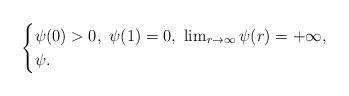
LaTeX: \begin{align*}\begin{cases}\psi(0)>0, \ \psi(1)=0, \ \lim_{r \to \infty} \psi(r)=+\infty,\\\psi .\end{cases}\end{align*}